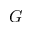
G